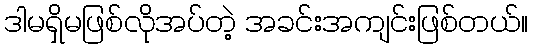
ဒါမရှိမဖြစ်လိုအပ်တဲ့ အခင်းအကျင်းဖြစ်တယ်။